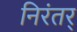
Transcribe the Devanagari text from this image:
निरंतर्